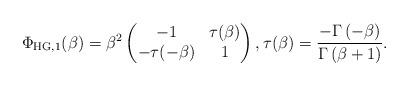
LaTeX: \begin{align*}\Phi_{\mathrm{HG},1}(\beta) = \beta^{2} \begin{pmatrix}-1 & \tau(\beta) \\ - \tau(-\beta) & 1\end{pmatrix}, \tau(\beta) = \frac{- \Gamma\left( -\beta \right)}{\Gamma\left( \beta + 1 \right)}.\end{align*}